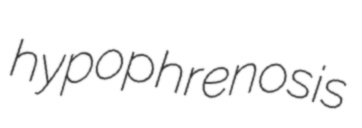
hypophrenosis